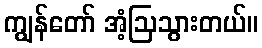
ကျွန်တော် အံ့ဩသွားတယ်။